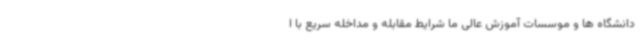
دانشگاه ها و موسسات آموزش عالی ما شرایط مقابله و مداخله سریع با ا